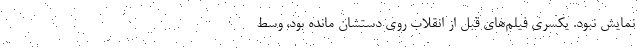
نمایش نبود. یکسری فیلم‌های قبل از انقلاب روی دستشان مانده بود، وسط